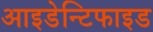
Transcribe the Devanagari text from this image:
आइडेन्टिफाइड